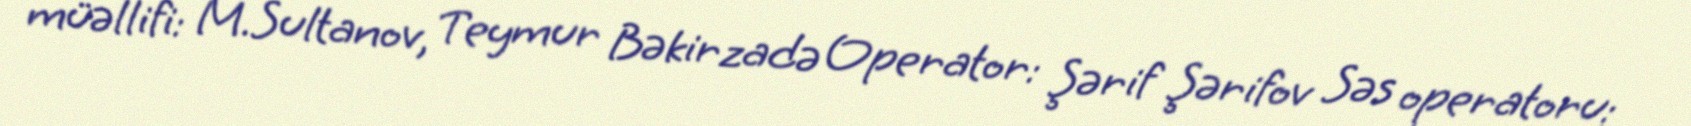
müəllifi: M.Sultanov, Teymur Bəkirzadə Operator: Şərif Şərifov Səs operatoru: